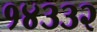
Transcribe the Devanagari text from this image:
१४३३२